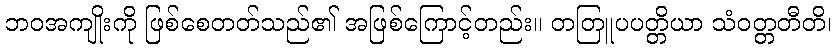
ဘဝအကျိုးကို ဖြစ်စေတတ်သည်၏ အဖြစ်ကြောင့်တည်း။ တတြူပပတ္တိယာ သံဝတ္တတီတိ၊